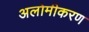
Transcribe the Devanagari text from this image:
अलोमीकरण